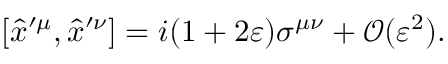
[ \hat { x } ^ { \prime \mu } , \hat { x } ^ { \prime \nu } ] = i ( 1 + 2 \varepsilon ) \sigma ^ { \mu \nu } + \mathcal { O } ( \varepsilon ^ { 2 } ) .